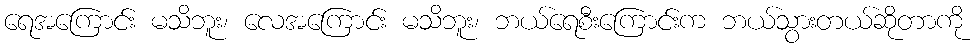
ရေအကြောင်း မသိဘူး၊ လေအကြောင်း မသိဘူး၊ ဘယ်ရေစီးကြောင်းက ဘယ်သွားတယ်ဆိုတာကို